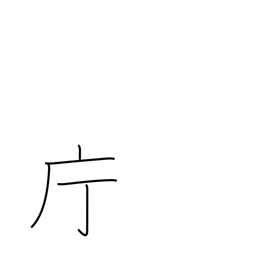
Meaning: government office